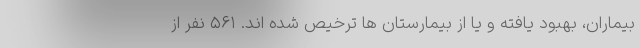
بیماران، بهبود یافته و یا از بیمارستان ها ترخیص شده اند. ۵۶۱ نفر از